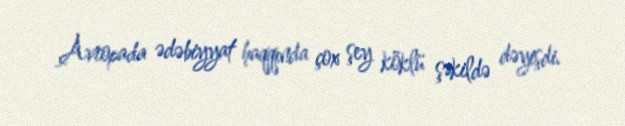
Avropada ədəbiyyat haqqında çox şey köklü şəkildə dəyişdi.